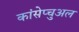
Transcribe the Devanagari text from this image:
कांसेप्चुअल